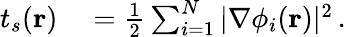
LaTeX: \begin{array}{rl}{t_{s}(\mathbf{r})}&{{}=\frac{1}{2}\sum_{i=1}^{N}|\nabla\phi_{i}(\mathbf{r})|^{2}\, .}\end{array}